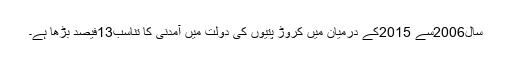
سال2006سے 2015کے درمیان میں کروڑ پتیوں کی دولت میں آمدنی کا تناسب13فیصد بڑھا ہے۔